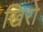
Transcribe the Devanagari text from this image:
खिरो